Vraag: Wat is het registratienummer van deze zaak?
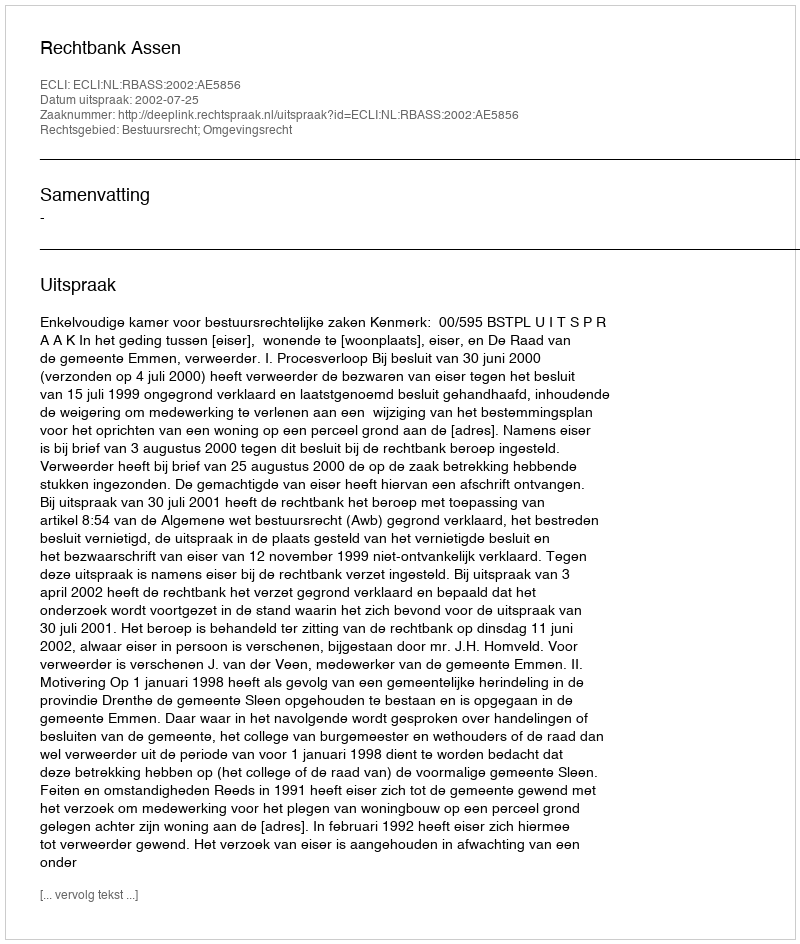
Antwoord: http://deeplink.rechtspraak.nl/uitspraak?id=ECLI:NL:RBASS:2002:AE5856